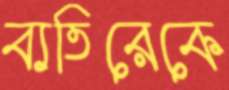
ব্যতিরেকে